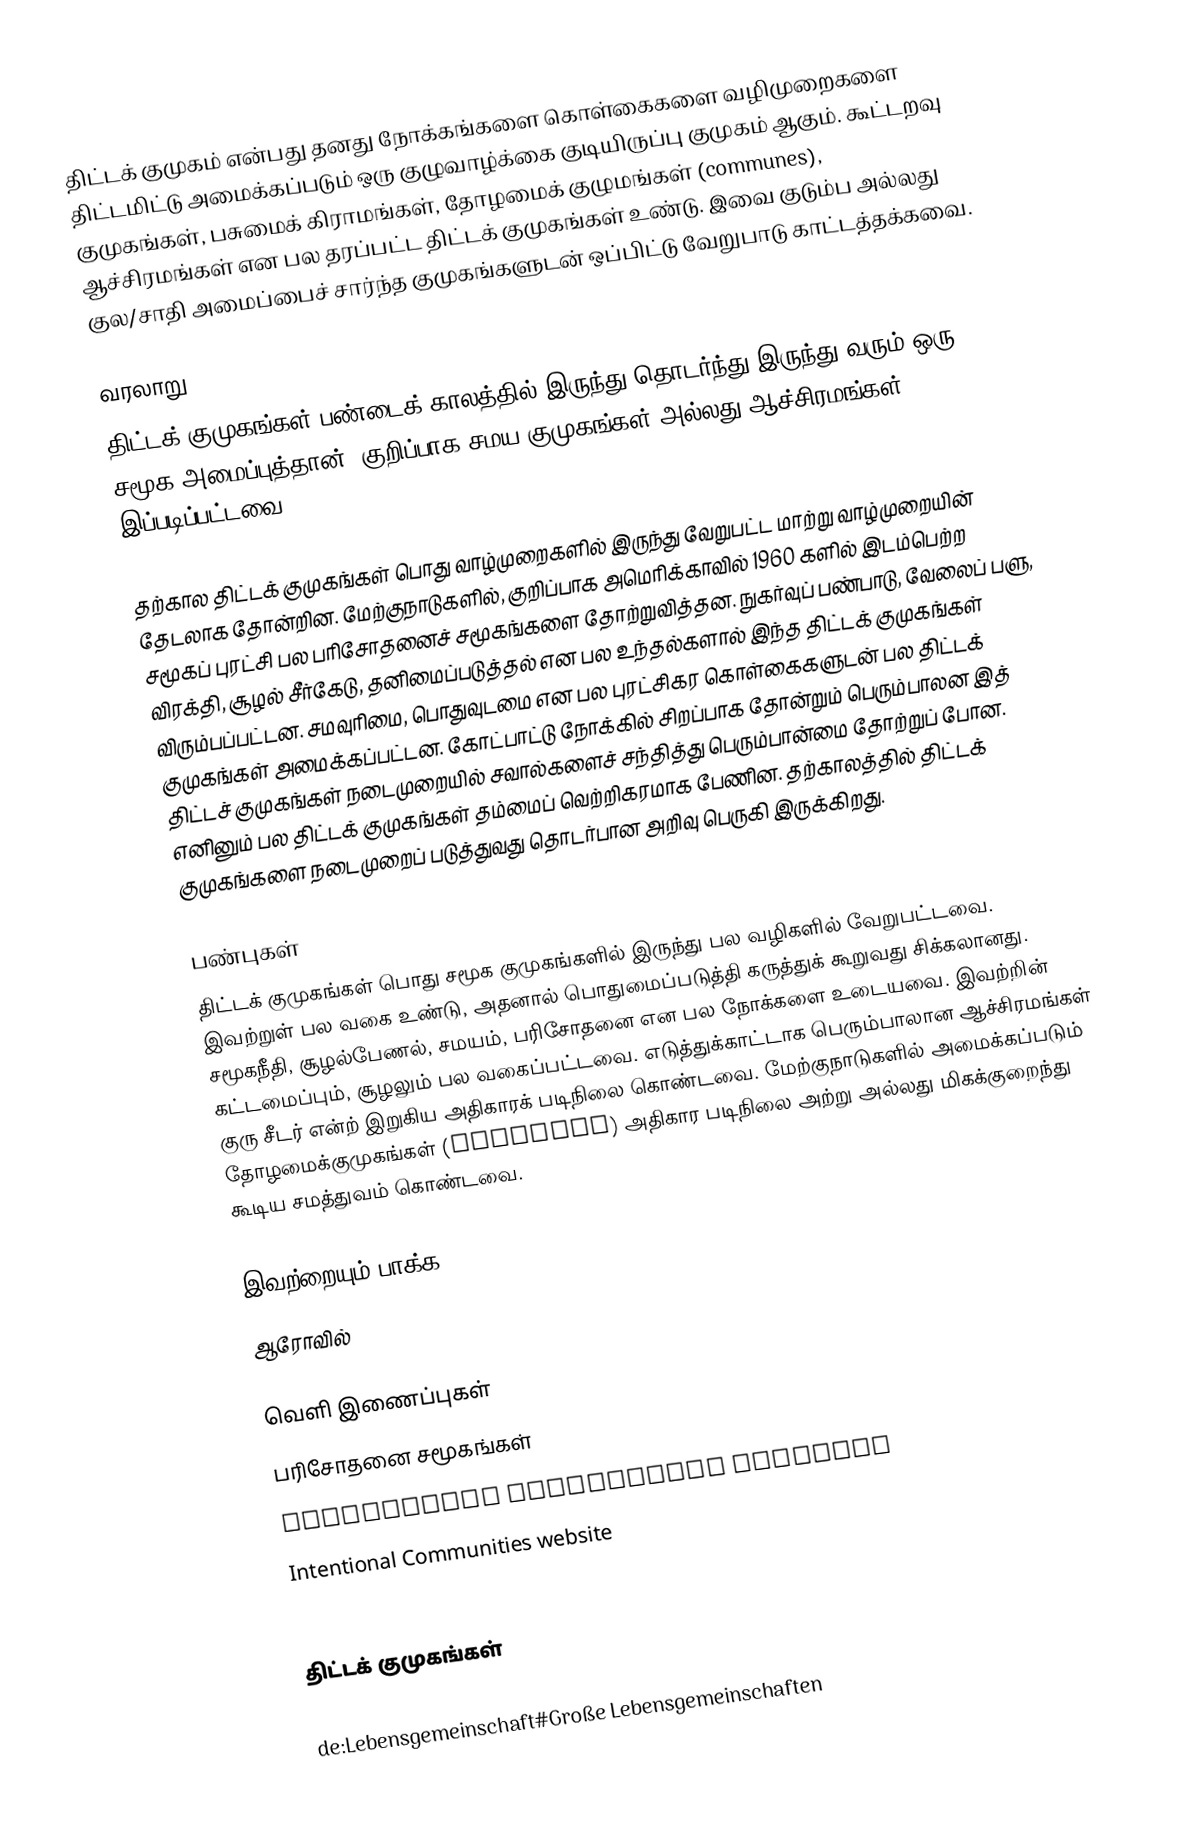
திட்டக் குமுகம் என்பது தனது நோக்கங்களை கொள்கைகளை வழிமுறைகளை திட்டமிட்டு அமைக்கப்படும் ஒரு குழுவாழ்க்கை குடியிருப்பு குமுகம் ஆகும்.  கூட்டறவு குமுகங்கள், பசுமைக் கிராமங்கள், தோழமைக் குழுமங்கள் (communes), ஆச்சிரமங்கள் என பல தரப்பட்ட திட்டக் குமுகங்கள் உண்டு.  இவை குடும்ப அல்லது குல/சாதி அமைப்பைச் சார்ந்த குமுகங்களுடன் ஒப்பிட்டு வேறுபாடு காட்டத்தக்கவை.

வரலாறு
திட்டக் குமுகங்கள் பண்டைக் காலத்தில் இருந்து தொடர்ந்து இருந்து வரும் ஒரு சமூக அமைப்புத்தான்.  குறிப்பாக சமய குமுகங்கள் அல்லது ஆச்சிரமங்கள் இப்படிப்பட்டவை.

தற்கால திட்டக் குமுகங்கள் பொது வாழ்முறைகளில் இருந்து வேறுபட்ட மாற்று வாழ்முறையின் தேடலாக தோன்றின.  மேற்குநாடுகளில், குறிப்பாக அமெரிக்காவில் 1960 களில் இடம்பெற்ற சமூகப் புரட்சி பல பரிசோதனைச் சமூகங்களை தோற்றுவித்தன.  நுகர்வுப் பண்பாடு, வேலைப் பளு, விரக்தி, சூழல் சீர்கேடு, தனிமைப்படுத்தல் என பல உந்தல்களால் இந்த திட்டக் குமுகங்கள் விரும்பப்பட்டன.  சமவுரிமை, பொதுவுடமை என பல புரட்சிகர கொள்கைகளுடன் பல திட்டக் குமுகங்கள் அமைக்கப்பட்டன.  கோட்பாட்டு நோக்கில் சிறப்பாக தோன்றும் பெரும்பாலன இத் திட்டச் குமுகங்கள் நடைமுறையில் சவால்களைச் சந்தித்து பெரும்பான்மை தோற்றுப் போன.  எனினும் பல திட்டக் குமுகங்கள் தம்மைப் வெற்றிகரமாக பேணின.  தற்காலத்தில் திட்டக் குமுகங்களை நடைமுறைப் படுத்துவது தொடர்பான அறிவு பெருகி இருக்கிறது.

பண்புகள்
திட்டக் குமுகங்கள் பொது சமூக குமுகங்களில் இருந்து பல வழிகளில் வேறுபட்டவை.  இவற்றுள் பல வகை உண்டு, அதனால் பொதுமைப்படுத்தி கருத்துக் கூறுவது சிக்கலானது.  சமூகநீதி, சூழல்பேணல், சமயம், பரிசோதனை என பல நோக்களை உடையவை.  இவற்றின் கட்டமைப்பும், சூழலும் பல வகைப்பட்டவை.  எடுத்துக்காட்டாக பெரும்பாலான ஆச்சிரமங்கள் குரு சீடர் என்ற் இறுகிய அதிகாரக் படிநிலை கொண்டவை.  மேற்குநாடுகளில் அமைக்கப்படும் தோழமைக்குமுகங்கள் (Communes) அதிகார படிநிலை அற்று அல்லது மிகக்குறைந்து கூடிய சமத்துவம் கொண்டவை.

இவற்றையும் பாக்க
 ஆரோவில்

வெளி இணைப்புகள்
 பரிசோதனை சமூகங்கள்
 Intentional Communities Database
 Intentional Communities website
 Intentional Communities Wiki

திட்டக் குமுகங்கள்

de:Lebensgemeinschaft#Große Lebensgemeinschaften